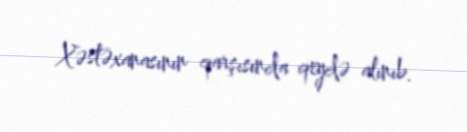
Xəstəxanasının qarşısında qeydə alınıb.